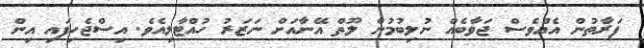
ފަރާތުން އެއްވެސް ޖަވާބެއް ނުލިބުމުން ލޫތް އޭނާއަށް ނަޒަރު ހުއްޓާލިއެވެ. އިސްޖެހިފައި އިން